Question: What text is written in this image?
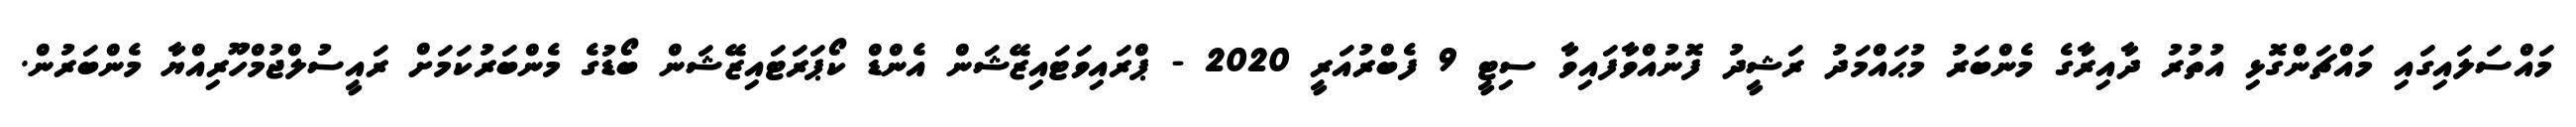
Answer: މައްސަލައިގައި މައްޗަންގޮޅި އުތުރު ދާއިރާގެ މެންބަރު މުޙައްމަދު ރަޝީދު ފޮނުއްވާފައިވާ ސިޓީ 9 ފެބްރުއަރީ 2020 - ޕްރައިވަޓައިޒޭޝަން އެންޑް ކޯޕަރަޓައިޒޭޝަން ބޯޑުގެ މެންބަރުކަމަށް ރައީސުލްޖުމްހޫރިއްޔާ މެންބަރުން.